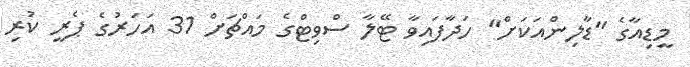
މީޑިއާގެ "ޑާލިންއަކަށް" ހަދާފައިވާ ޓޭލާ ސްވިޓްގެ މައްޗަށް 31 އަހަރުގެ ޕެރީ ކުރި